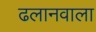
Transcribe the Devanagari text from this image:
ढलानवाला